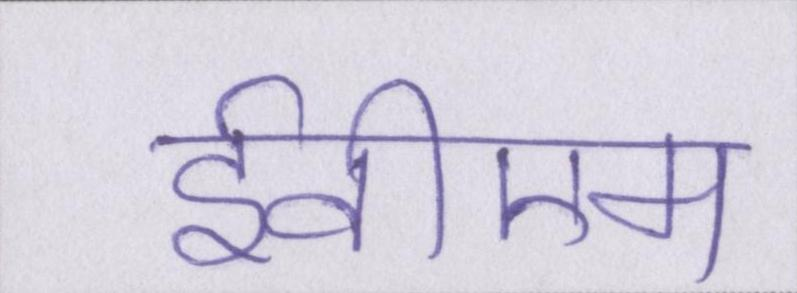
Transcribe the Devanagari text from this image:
ईवीएम